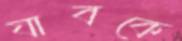
যাবকে